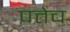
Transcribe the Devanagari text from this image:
पत्तेच